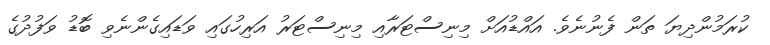
ކުރަމުންދިޔަ ތަން ފެނުނެވެ. އައްޑުއަށް މިނިސްޓަރާއި މިނިސްޓަރު އަރިހުގައި ވަޑައިގެންނެވި ބޮޑު ވަފުދުގެ